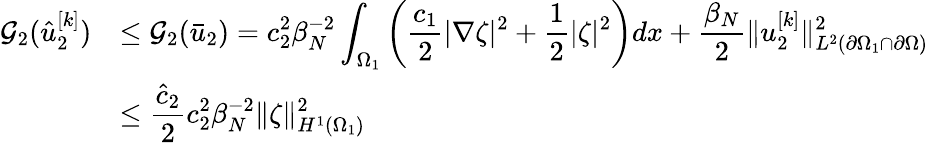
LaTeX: \begin{array}{rl}{\mathcal{G}_{2}(\hat{u}_{2}^{[k]})}&{\displaystyle\leq\mathcal{G}_{2}(\bar{u}_{2})=c_{2}^{2}\beta_{N}^{-2}\int_{\Omega_{1}}\left(\frac{c_{1}}{2}|\nabla\zeta|^{2}+\frac 12|\zeta|^{2}\right)dx+\frac{\beta_{N}}{2}\lVert u_{2}^{[k]}\rVert_{L^{2}(\partial\Omega_{1}\cap\partial\Omega)}^{2}}\\ &{\displaystyle\leq\frac{\hat{c}_{2}}{2}c_{2}^{2}\beta_{N}^{-2}\lVert\zeta\rVert_{H^{1}(\Omega_{1})}^{2}}\end{array}